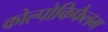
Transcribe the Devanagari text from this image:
कोल्पोकिफैलम